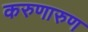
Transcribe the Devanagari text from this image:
करुणारुण